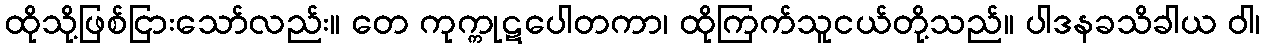
ထိုသို့ဖြစ်ငြားသော်လည်း။ တေ ကုက္ကုဋပေါတကာ၊ ထိုကြက်သူငယ်တို့သည်။ ပါဒနခသိခါယ ဝါ၊